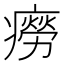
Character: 癆